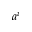
a ^ { i }